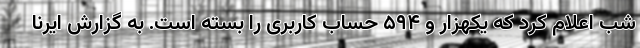
شب اعلام کرد که یکهزار و ۵۹۴ حساب کاربری را بسته است. به گزارش ایرنا